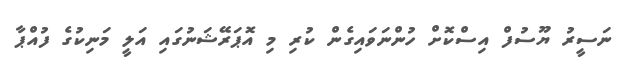
ނަސީރު ޔޫސުފް އިސްކޮށް ހުންނަވައިގެން ކުރި މި އޮޕަރޭޝަނުގައި އަލީ މަނިކުގެ ފުއްޕާ